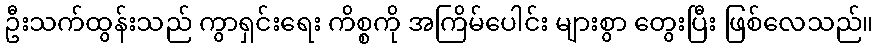
ဦးသက်ထွန်းသည် ကွာရှင်းရေး ကိစ္စကို အကြိမ်ပေါင်း များစွာ တွေးပြီး ဖြစ်လေသည်။